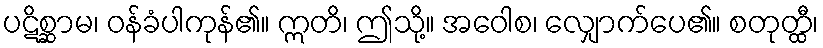
ပဋိစ္ဆာမ၊ ဝန်ခံပါကုန်၏။ ဣတိ၊ ဤသို့။ အဝေါစ၊ လျှောက်ပေ၏။ စတုတ္ထီ၊